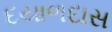
દયાળદાસ